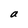
Character: a